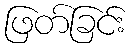
ဖြတ်ခြင်း